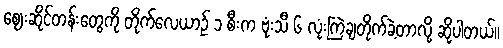
ဈေးဆိုင်တန်းတွေကို တိုက်လေယာဥ် ၁ စီးက ဗုံးသီ ၆ လုံးကြဲချတိုက်ခဲ့တာလို့ ဆိုပါတယ်။